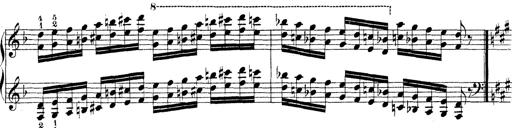
Title: Technische Studien
Composer: Franz Liszt